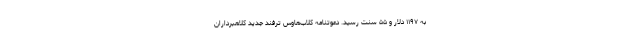
به ۱۱۹۷ دلار و ۵۵ سنت رسید. دعوتنامه‌ کلاب‌هاوس ترفند جدید کلاهبرداران